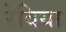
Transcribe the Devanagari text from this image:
रेविया